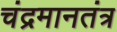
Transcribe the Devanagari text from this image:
चंद्रमानतंत्र